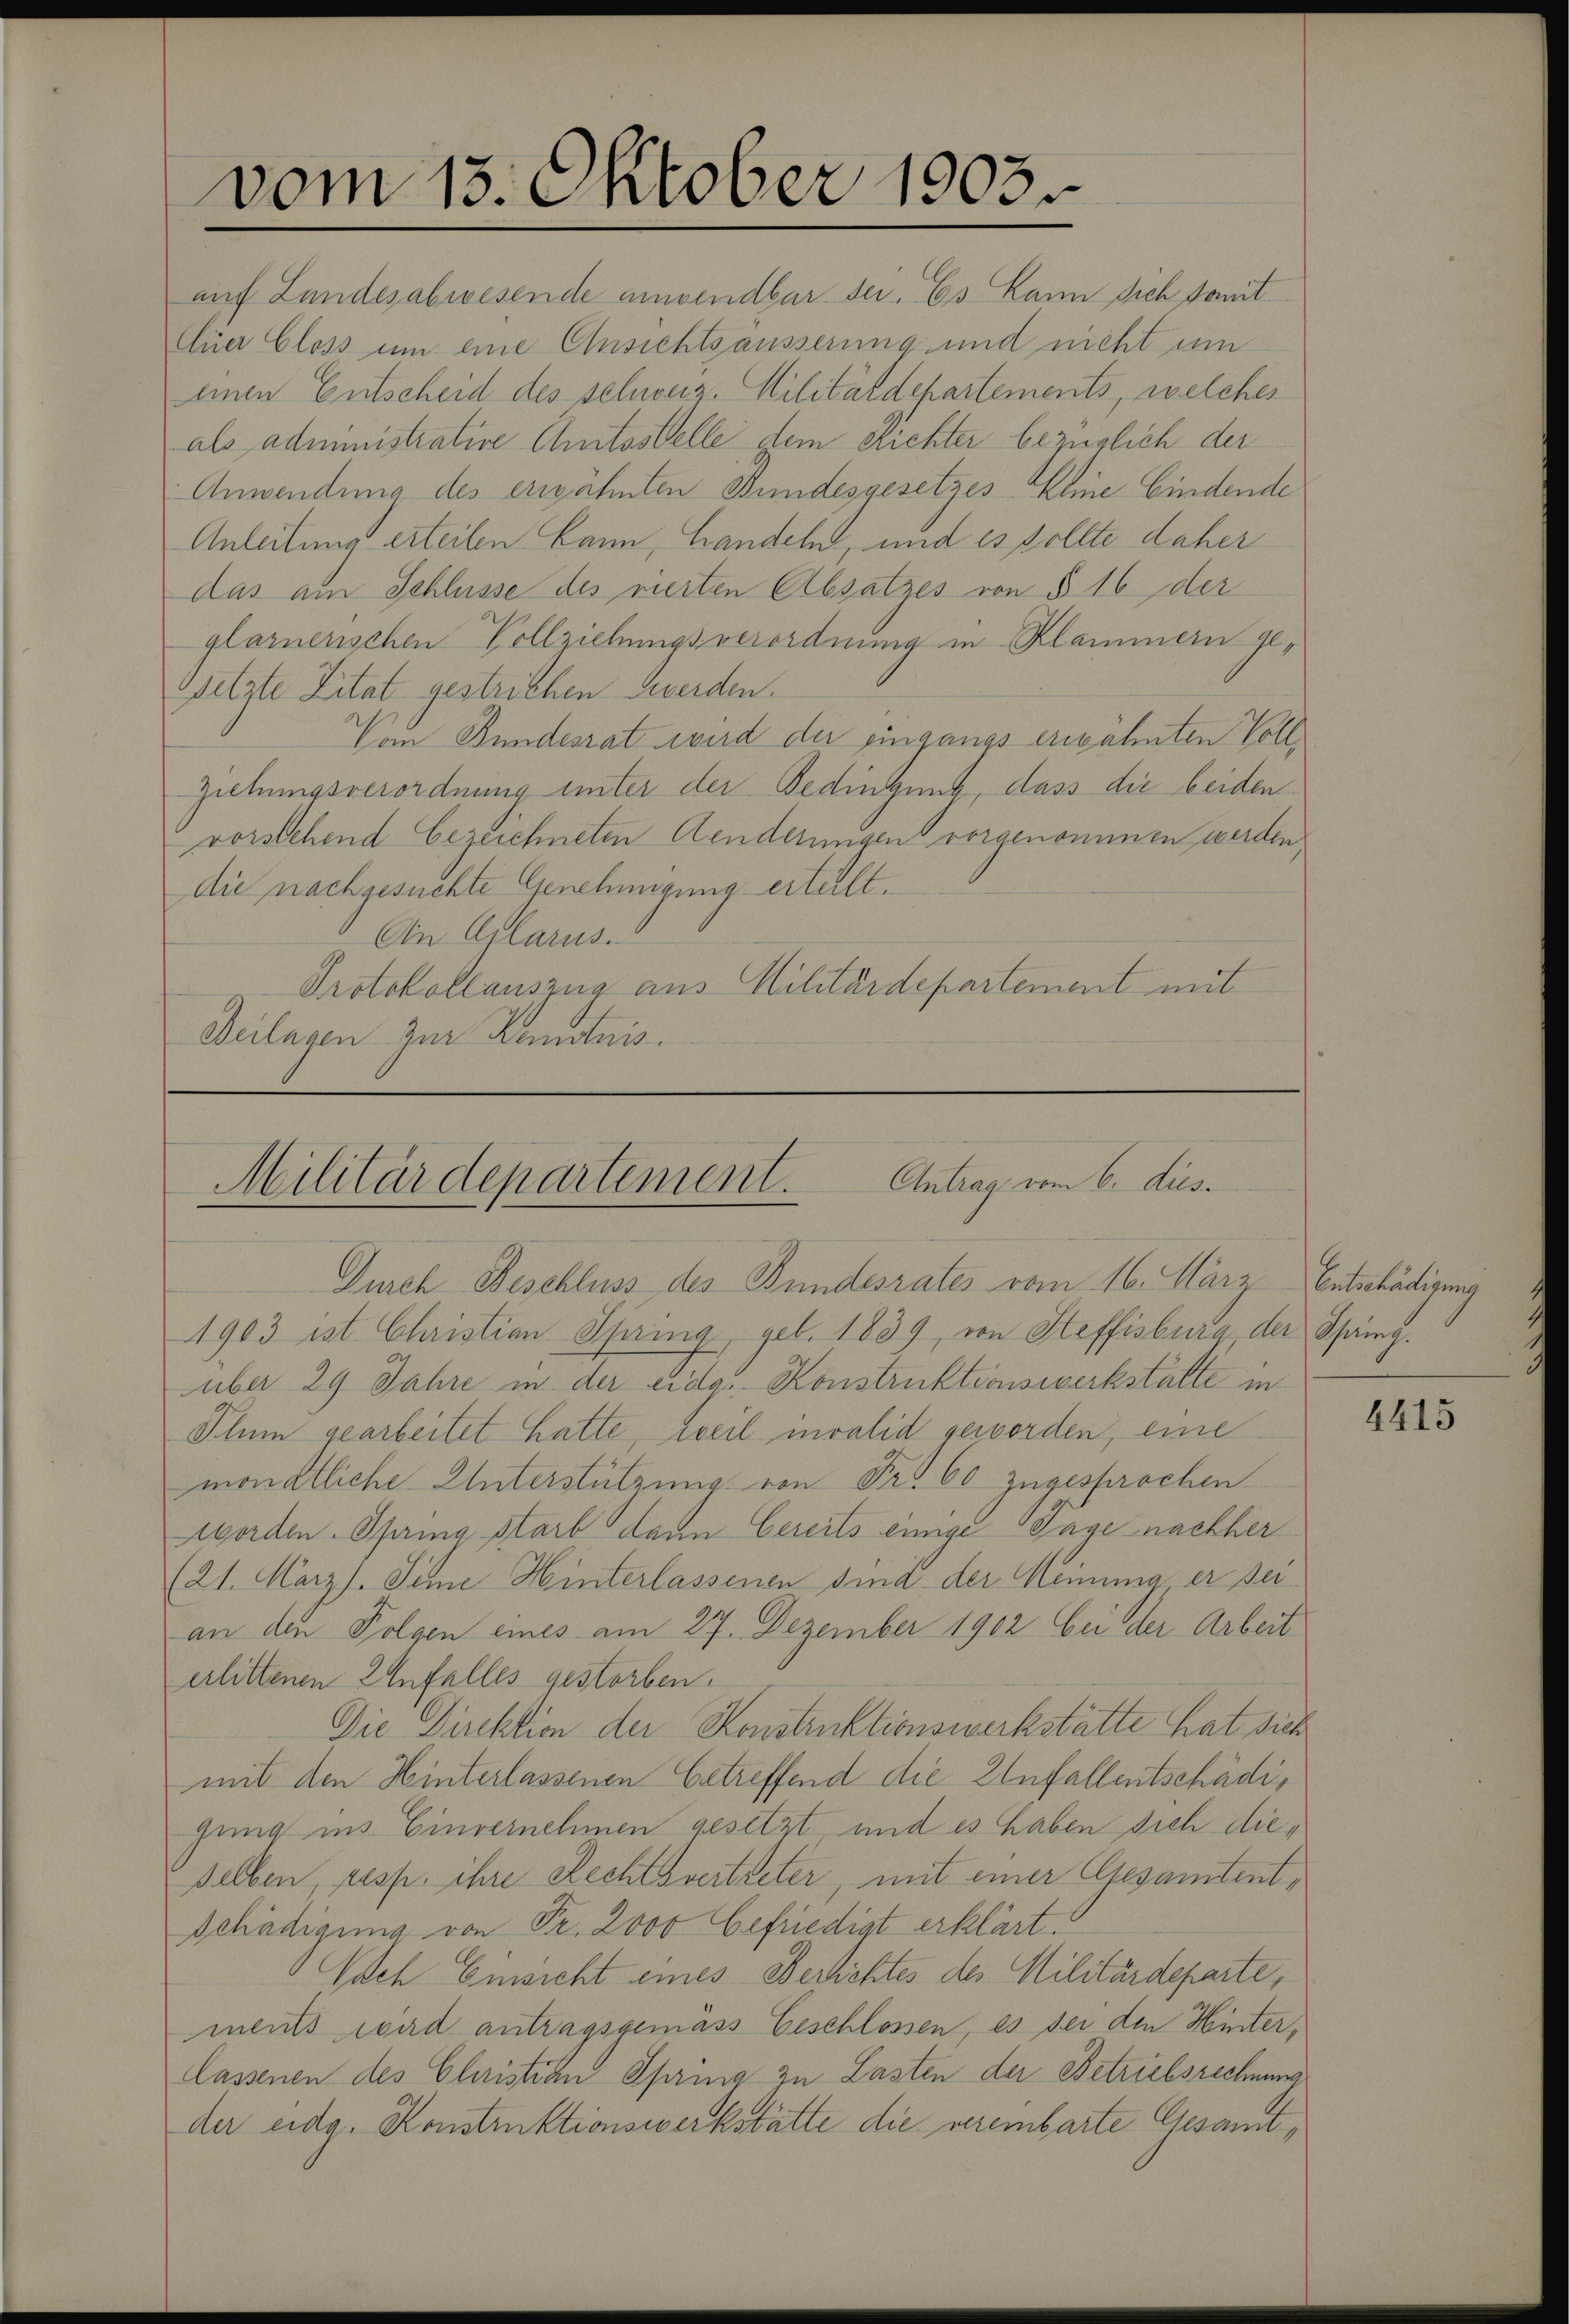
1903.
vom 15. Oktober

auf Landesabwesende anwendbar sei. Es kann sich somit
Eier Gloss um eine Ansichtsäusserung und nicht um
einen Entscheid des schweiz. Militärdepartements, welches
als administrative Amtsstelle dem Richter bezüglich der
Anwendung des ergahnten Bundesgesetzes-Eine bindende
Anleitung erteilen kann, Handeln, und es sollte daher
das am Schlüsse des vierten Absatzes von § 16 der
glarnenschen Vollziehungsverordnung in Klammern gessetzte Zitat gestrichen werden.
Vom Bundesrat wird der Eingangs erwähnten Voll¬
Ziehungsverordnung unter der Bedingung, dass die beiden
vorstehend bezeichneten Aenderinigen vorgenommen werden.
die nachgesuchte Genehmigung erteilt.
An Glarus.
Protokollauszug aus Militärdepartement mit
Beilagen zur Kenntnis.

Militärdepartement. Antrag vom 6. dies
Durch Beschluss des Bundesrates vom 16. März Entschädigung

1903 ist Christian Spring, geb. 1839, von Steffisburg, der Spang.
über 29 Jahre in der eidg. Konstruktionswerkstalte in
Plum gearbeitet hatte, zweil mvalid geworden, eine
monatliche Unterstützung von Fr. 60 zugesprochen
Morden Spring starb dann bereits einige Tage nachher
(21. März. Seine Hinterlassenen sind der Meinung er sei
an den Folgen eines am 27. Dezember 1902 bei der Arbeit
erlittenen Anfalles gestorben.
Die Direktion der Konstruktionswerkstätte hat sich
mit den Hinterlassenen betreffend die Unfallentschädigung ins Einvernehmen gesetzt und es haben sich dieselben, resp. ihre Rechtsvertreter mit einer Gesamtentschädigung von Fr. 2000 befriedigt erklärt.
Nach Einsicht eines Berlichtes des Militärdeparte,
ments wird antragsgemäss Geschlossen, es sei den Hinter¬
Cassenen des Christian Spring zu Lasten der Betriebsrechnung
der eidg. Konstruktionswerkstätte die verembarte Gesamt¬

4415